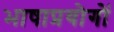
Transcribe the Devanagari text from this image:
भाषाप्रयोगों